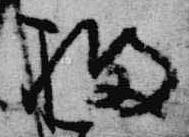
橘